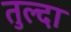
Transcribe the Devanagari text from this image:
तुल्दा